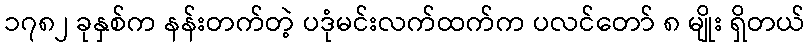
၁၇၈၂ ခုနှစ်က နန်းတက်တဲ့ ပဒုံမင်းလက်ထက်က ပလင်တော် ၈ မျိုး ရှိတယ်